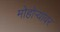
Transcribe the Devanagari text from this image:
मोहोऱ्यावर